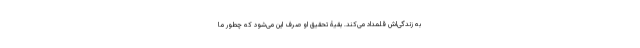
به زندگی‌اش قلمداد می‌کند. بقیۀ تحقیق او صرف این می‌شود که چطور ما